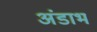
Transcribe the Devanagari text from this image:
अंडाभ